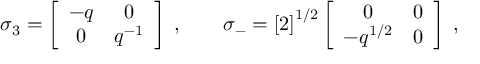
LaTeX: \sigma _ { 3 } = \left[ \begin{array} { c c } { { - q } } & { { 0 } } \\ { { 0 } } & { { q ^ { - 1 } } } \end{array} \right] \; , \qquad \sigma _ { - } = \left[ 2 \right] ^ { 1 / 2 } \left[ \begin{array} { c c } { { 0 } } & { { 0 } } \\ { { - q ^ { 1 / 2 } } } & { { 0 } } \end{array} \right] \; ,